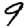
Digit: 9